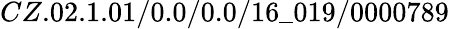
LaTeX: CZ.02.1.01/0.0/0.0/16\_ 019/0000789